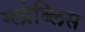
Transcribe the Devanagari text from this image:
ग्लोब्लिस